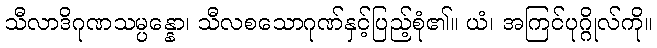
သီလာဒိဂုဏသမ္ပန္နော၊ သီလစသောဂုဏ်နှင့်ပြည့်စုံ၏။ ယံ၊ အကြင်ပုဂ္ဂိုလ်ကို။